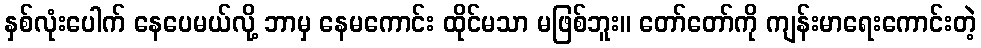
နှစ်လုံးပေါက် နေပေမယ်လို့ ဘာမှ နေမကောင်း ထိုင်မသာ မဖြစ်ဘူး။ တော်တော်ကို ကျန်းမာရေးကောင်းတဲ့